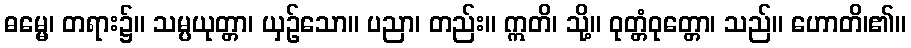
ဓမ္မေ၊ တရား၌။ သမ္ပယုတ္တာ၊ ယှဉ်သော။ ပညာ၊ တည်း။ ဣတိ၊ သို့။ ဝုတ္တံဝုတ္တော၊ သည်။ ဟောတိ၊၏။